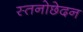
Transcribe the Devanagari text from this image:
स्तनोछेदन